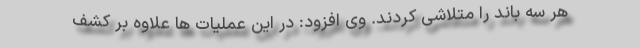
هر سه باند را متلاشی کردند. وی افزود: در این عملیات ها علاوه بر کشف